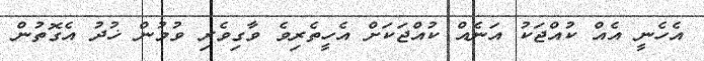
އެހެނީ އެއް ކުއްޖަކު އަނެއް ކުއްޖަކަށް އެހީތެރިވެ ވާގިވެރި ވުމުން ޚުދު އެގޮތުން